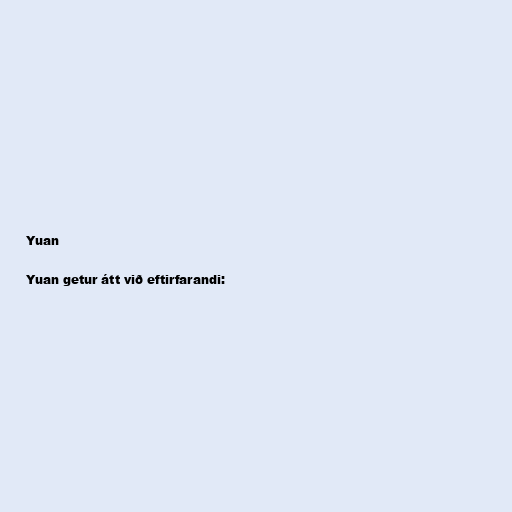
Yuan

Yuan getur átt við eftirfarandi: